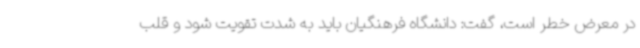
در معرض خطر است، گفت: دانشگاه فرهنگیان باید به شدت تقویت شود و قلب